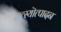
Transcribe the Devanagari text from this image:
मत्स्यॊत्पादन